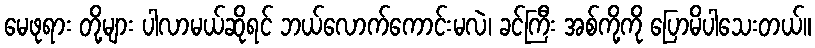
မေဖုရား တို့များ ပါလာမယ်ဆိုရင် ဘယ်လောက်ကောင်းမလဲ၊ ခင်ကြီး အစ်ကို့ကို ပြောမိပါသေးတယ်။